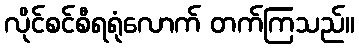
လိုင်စင်စီရရုံလောက် တက်ကြသည်။